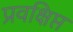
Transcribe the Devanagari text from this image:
प्रवक्षिप्त